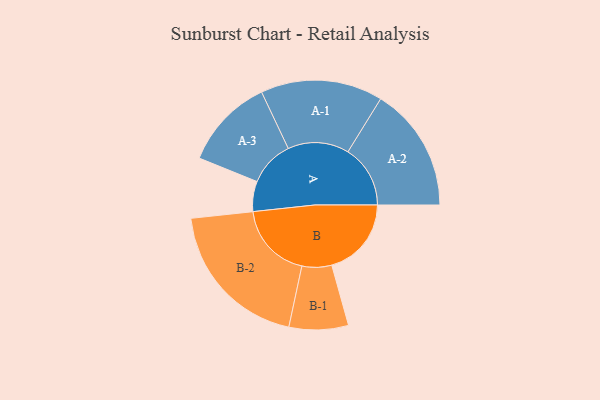
{"axis": {"x": "Segment", "y": "Value"}, "legend": ["", "A", "B"], "data": [{"x": "A", "y": 117, "type": ""}, {"x": "B", "y": 309, "type": ""}, {"x": "A-1", "y": 237, "type": "A"}, {"x": "A-2", "y": 242, "type": "A"}, {"x": "A-3", "y": 177, "type": "A"}, {"x": "B-1", "y": 115, "type": "B"}, {"x": "B-2", "y": 298, "type": "B"}]}